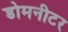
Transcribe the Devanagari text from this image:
डोमनीटर